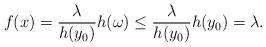
LaTeX: \begin{align*}f(x)=\frac{\lambda}{h(y_0)}h(\omega)\le\frac{\lambda}{h(y_0)}h(y_0)=\lambda.\end{align*}